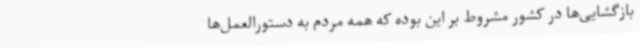
بازگشایی‌ها در کشور مشروط بر این بوده که همه مردم به دستورالعمل‌ها